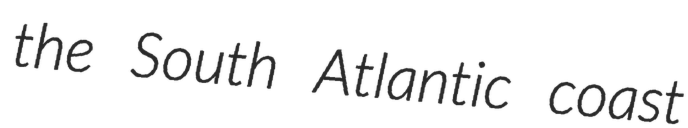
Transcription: the South Atlantic coast